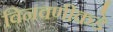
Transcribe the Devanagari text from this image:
विनवणीकडे